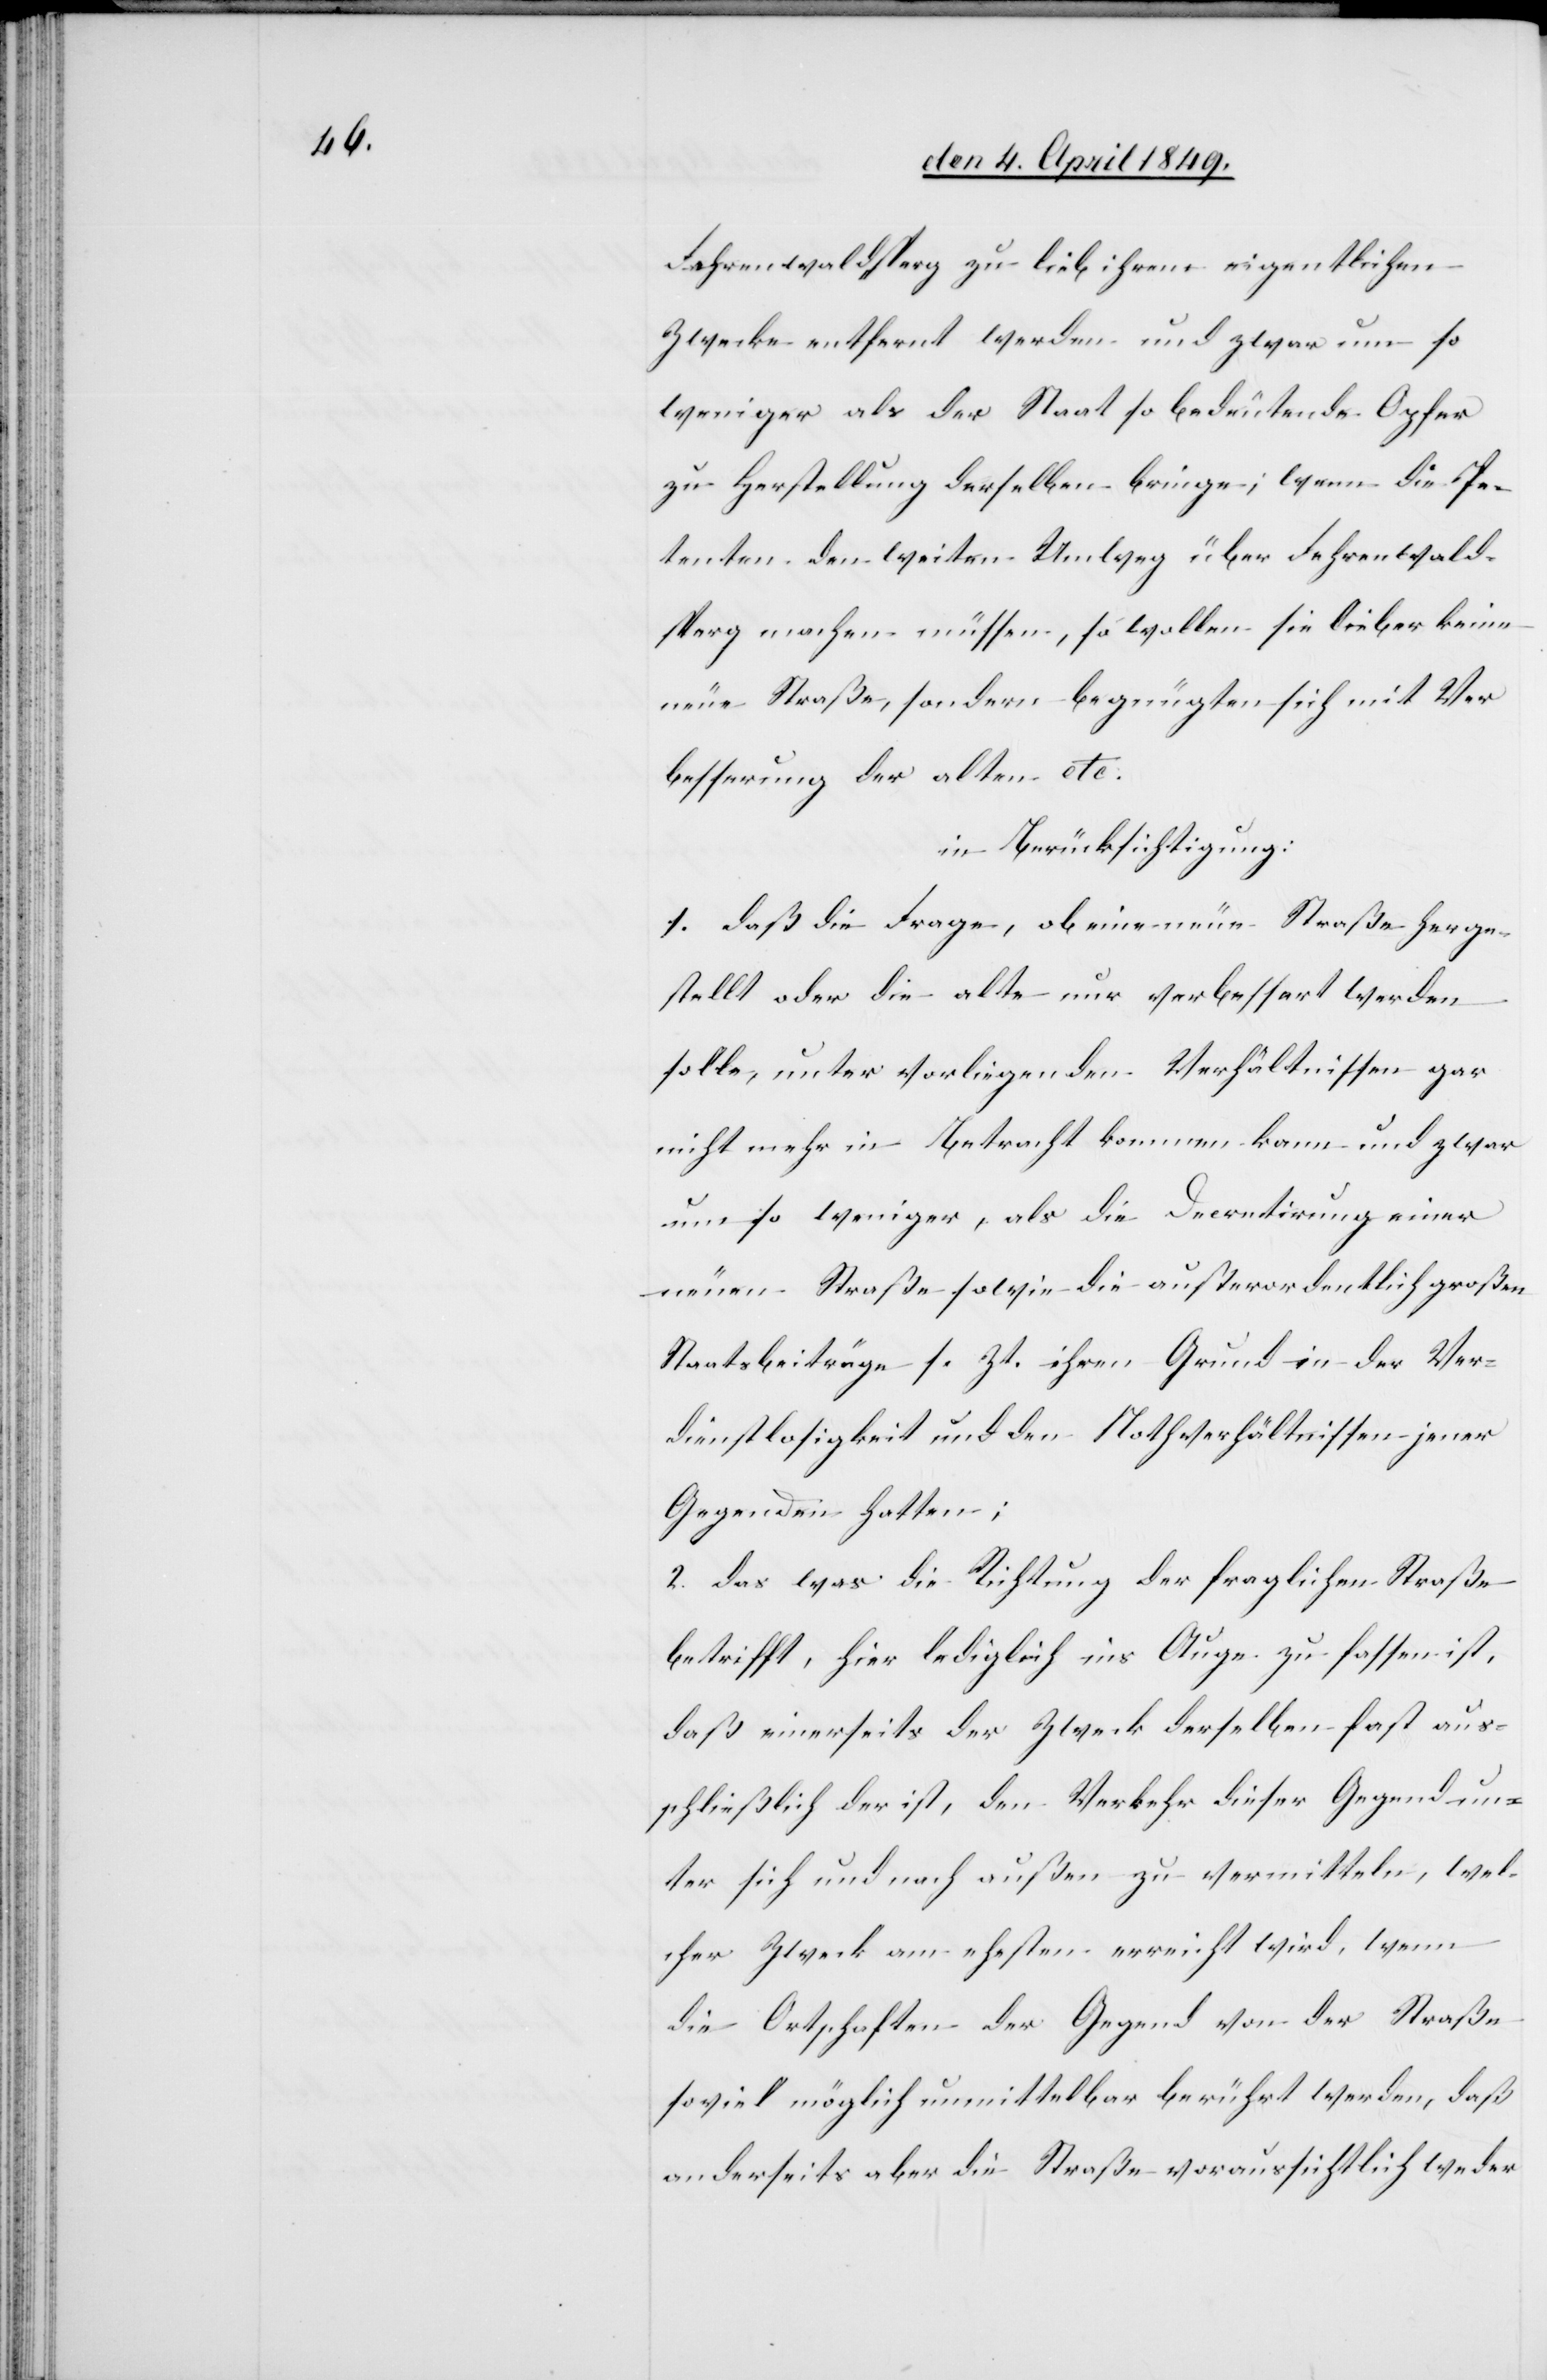
Fahrenwaldsperg zu lieb ihrem eigentlichen
Zwecke entfernt werden und zwar um so
weniger als der Staat so bedeutende Opfer
zu Herstellung derselben bringe; wenn die Pe¬
tenten den weiten Umweg über Fehrenwald¬
sperg machen müssen, so wollen sie lieber keine
neue Straße, sondern begnügten sich mit Ver¬
besserung der alten etc.
in Berücksichtigung:
1. Daß die Frage, ob eine neue Straße herge¬
stellt oder die alte nur verbessert werden
solle, unter vorliegenden Verhältnissen gar
nicht mehr in Betracht kommen kann und zwar
um so weniger, als die Decretirung einer
neuen Straße sowie die außerordentlich großen
Staatsbeiträge s. Zt. ihren Grund in der Ver¬
dienstlosigkeit und den Nothverhältnissen jener
Gegenden hatten;
2. das was die Richtung der fraglichen Straße
betrifft, hier lediglich ins Auge zu fassen ist,
daß einerseits der Zweck derselben fast aus¬
schließlich der ist, den Verkehr dieser Gegend un¬
ter sich und nach außen zu vermitteln, wel¬
cher Zweck am ehesten erreicht wird, wenn
die Ortschaften der Gegend von der Straße
soviel möglich unmittelbar berührt werden, daß
anderseits aber die Straße voraussichtlich weder